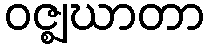
ဝဇ္ဈဃာတာ